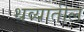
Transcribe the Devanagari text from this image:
थव्यातील